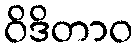
ဝိဒိတာဝ